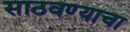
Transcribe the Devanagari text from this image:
साठवण्याचा